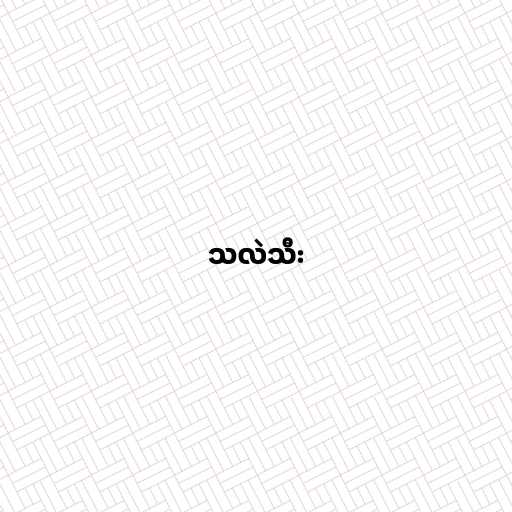
သလဲသီး